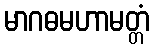
မာဂဓမဟာမတ္တံ